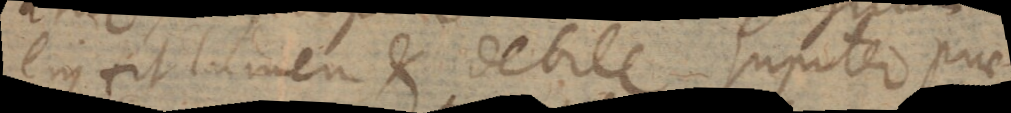
ejus fit lumen et debile. Jupiter prae-